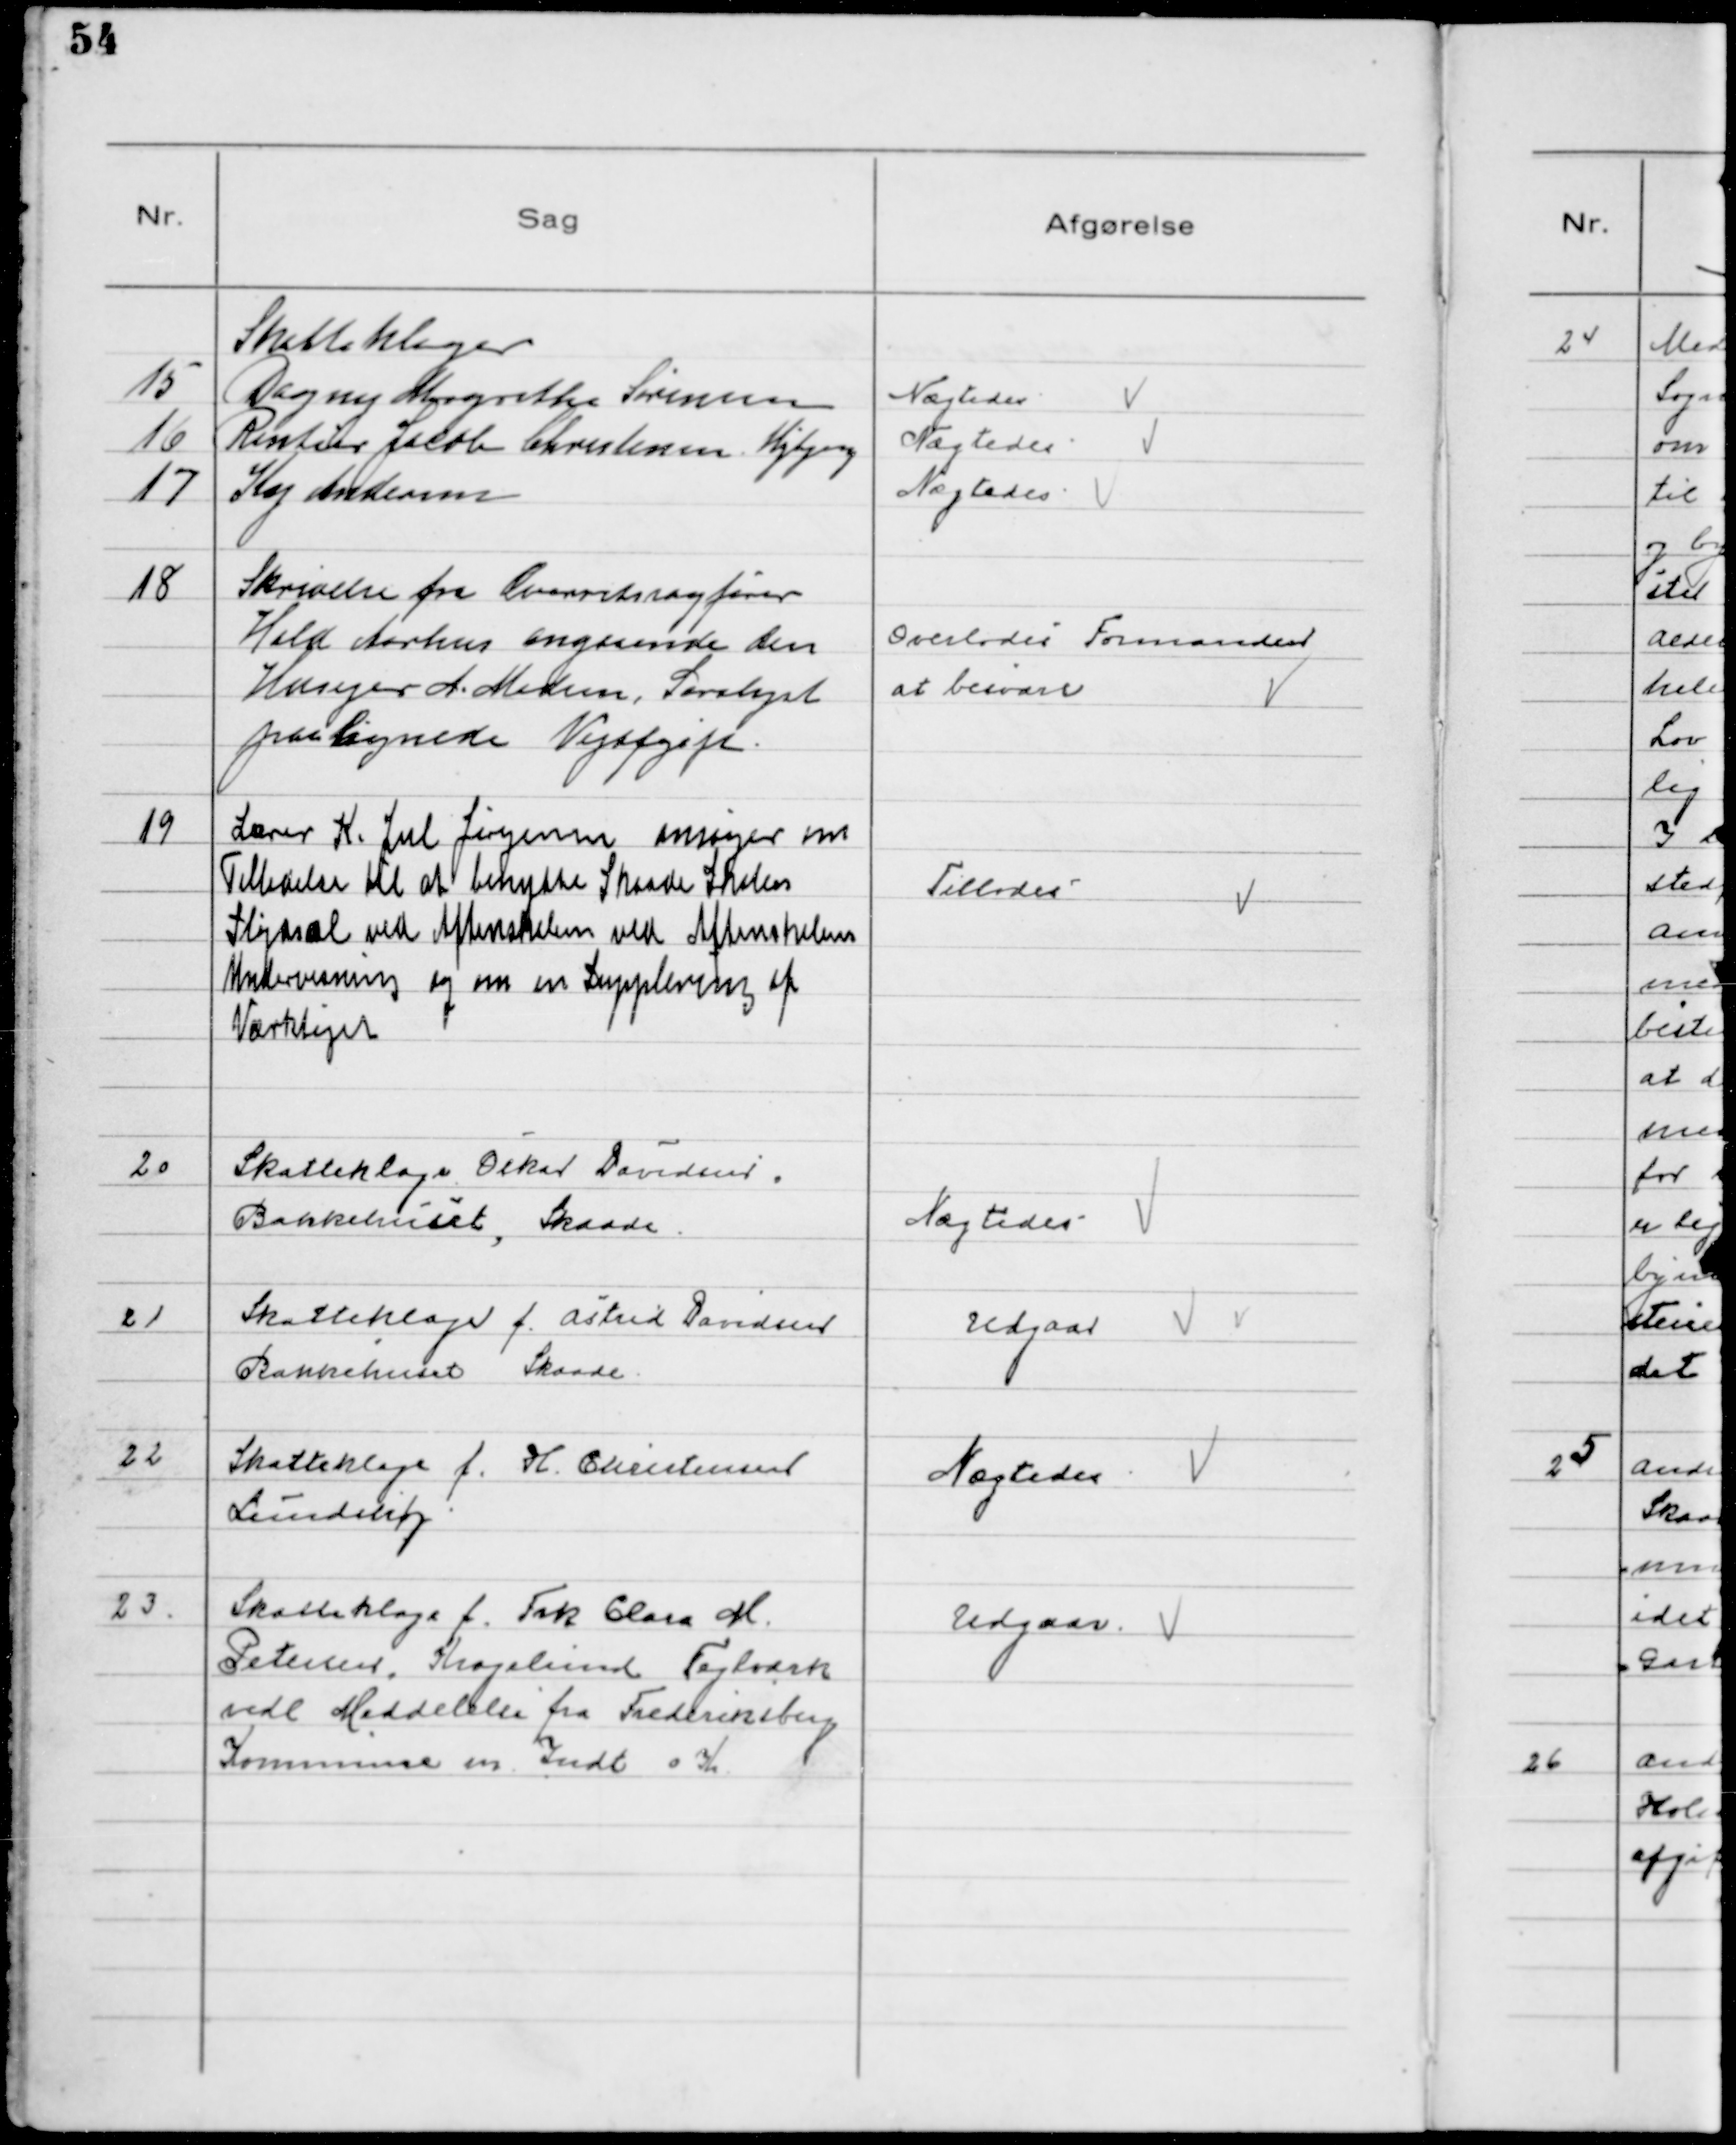
Transskription:
Skatteklager
15
Dagny Margrethe Sørensen
16
Rentier Jacob Christensen Højbjerg
17
Kaj Andersen

Nægtedes
Nægtedes
Nægtedes

18
Skrivelse fra Overretssagfører
Held Aarhus angaaende den
Husejer A. Madsen, Saralyst
paalignede Vejafgift.

Overlodes Formanden
at besvare

19
Lærer K. Jul Jørgensen ansøger om
Tilladelse til at benytte Skaade Skoles
Sløjdsal ved Aftenskolen ved Aftenskolens
Undervisning og om en Supplering af
Værktøjet

Tillodes

20
Skatteklage f. Oskar Davidsen,
Bakkehuset, Skaade

Nægtedes

21
Skatteklage f. Astrid Davidsen
Bakkehuset Skaade

Udgaar

22
Skatteklage f. H. Christensen
Lundshøj

Nægtedes

23
Skatteklage f. Frk Clara M.
Petersen, Kragelund Teglværk
vedl Meddelelse fra Frederiksberg
Kommune m Indt 0 Kr.

Udgaar